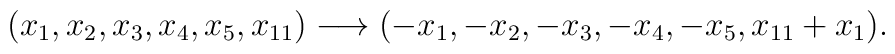
(x_1,x_2,x_3,x_4,x_5,x_{11})\longrightarrow(-x_1,-x_2,-x_3,-x_4,-x_5,x_{11}+x_1).